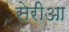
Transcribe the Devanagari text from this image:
सेरीआ